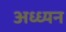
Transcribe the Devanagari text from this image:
अध्ध्यन